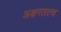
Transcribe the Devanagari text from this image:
अक्षरतत्व